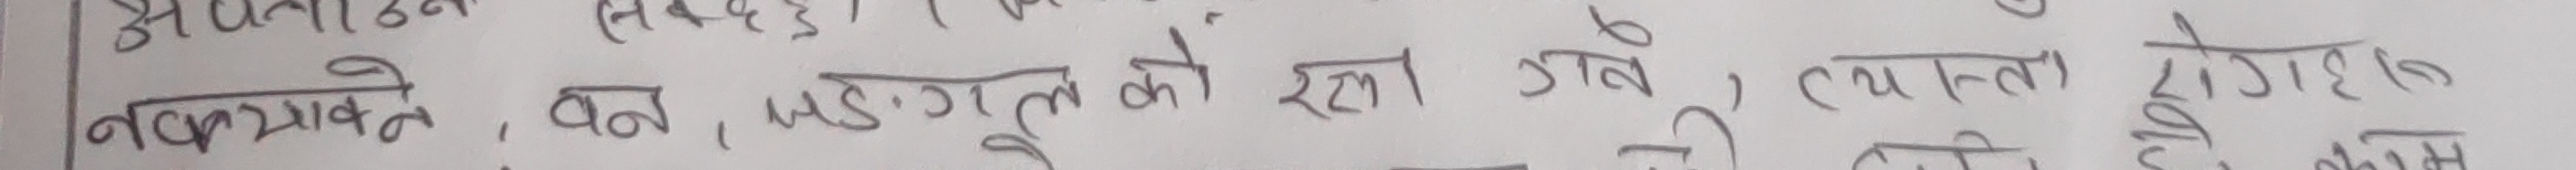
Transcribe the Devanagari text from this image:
नवयाउने, बन, जङ्गल को रक्षा गर्ने, व्यक्तिको योगदान